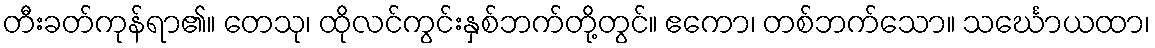
တီးခတ်ကုန်ရာ၏။ တေသု၊ ထိုလင်ကွင်းနှစ်ဘက်တို့တွင်။ ဧကော၊ တစ်ဘက်သော။ သင်္ဃောယထာ၊